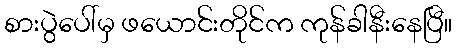
စားပွဲပေါ်မှ ဖယောင်းတိုင်က ကုန်ခါနီးနေပြီ။